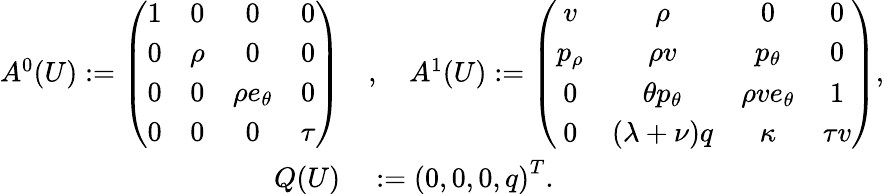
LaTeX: \begin{array}{rl}{A^{0}(U):=\left(\begin{array}{cccc}{1}&{0}&{0}&{0}\\ {0}&{\rho}&{0}&{0}\\ {0}&{0}&{\rho e_{\theta}}&{0}\\ {0}&{0}&{0}&{\tau}\end{array}\right)}&{{},\quad A^{1}(U):=\left(\begin{array}{cccc}{v}&{\rho}&{0}&{0}\\ {p_{\rho}}&{\rho v}&{p_{\theta}}&{0}\\ {0}&{\theta p_{\theta}}&{\rho ve_{\theta}}&{1}\\ {0}&{(\lambda+\nu)q}&{\kappa}&{\tau v}\end{array}\right),}\\ {Q(U)}&{{}:=\left(0,0,0,q\right)^{T}.}\end{array}